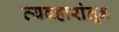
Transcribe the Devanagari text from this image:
व्यवहारांतून